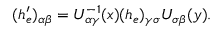
( h _ { e } ^ { \prime } ) _ { \alpha \beta } = U _ { \alpha \gamma } ^ { - 1 } ( x ) ( h _ { e } ) _ { \gamma \sigma } U _ { \sigma \beta } ( y ) .